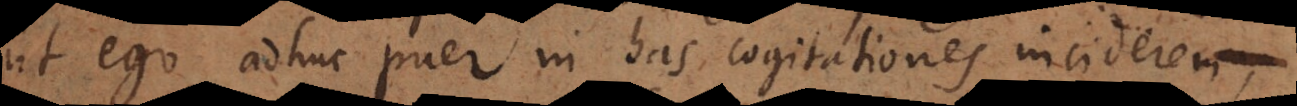
ut ego adhuc puer in has cogitationes inciderem,